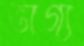
ভাগ্য